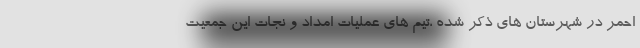
احمر در شهرستان های ذکر شده ،تیم های عملیات امداد و نجات این جمعیت